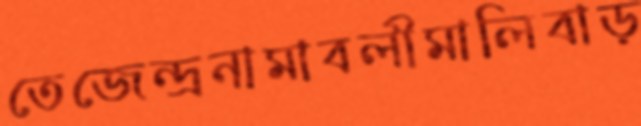
তেজেন্দ্রনামাবলীমালিবাড়